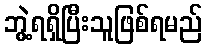
ဘွဲ့ရရှိပြီးသူဖြစ်ရမည်